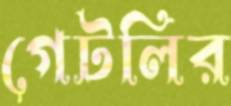
গেটলির